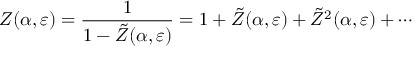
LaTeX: Z ( \alpha , \varepsilon ) = \frac { 1 } { 1 - \tilde { Z } ( \alpha , \varepsilon ) } = 1 + \tilde { Z } ( \alpha , \varepsilon ) + \tilde { Z } ^ { 2 } ( \alpha , \varepsilon ) + \cdots